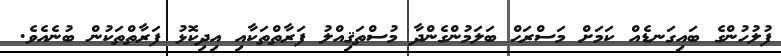
ފުލުހުންގެ ބައިގަނޑެއް ކަމަށް މަސްރަޙް ބަލަމުންގެންދާ މުސްތަޤިއްލު ފަރާތްތަކާއި އިދިކޮޅު ފަރާތްތަކުން ބުނެއެވެ.